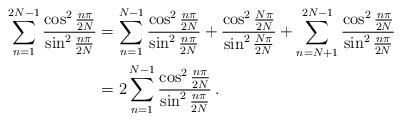
LaTeX: \begin{align*}\sum^{2N-1}_{n=1}\frac{\cos^2\frac{n\pi}{2N}}{\sin^2\frac{n\pi}{2N}}&=\sum^{N-1}_{n=1}\frac{\cos^2\frac{n\pi}{2N}}{\sin^2\frac{n\pi}{2N}}+\frac{\cos^2\frac{N\pi}{2N}}{\sin^2\frac{N\pi}{2N}}+\sum^{2N-1}_{n=N+1}\frac{\cos^2\frac{n\pi}{2N}}{\sin^2\frac{n\pi}{2N}}\\&=2\sum^{N-1}_{n=1}\frac{\cos^2\frac{n\pi}{2N}}{\sin^2\frac{n\pi}{2N}}\,.\end{align*}